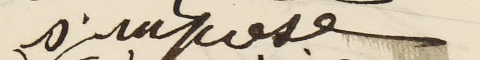
s'impose